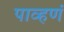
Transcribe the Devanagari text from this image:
पाव्हणं